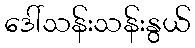
ဒေါ်သန်းသန်းနွယ်